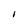
Character: I